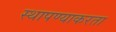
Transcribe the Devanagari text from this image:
स्थापण्याकरता